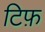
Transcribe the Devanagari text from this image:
टिफ़